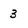
Character: 3